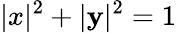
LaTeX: |x|^{2}+|\mathbf{y}|^{2}=1